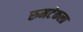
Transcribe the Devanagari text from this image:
रुमटेकला